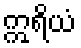
ဣရိယံ